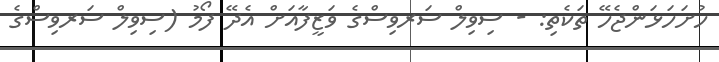
ހުށަހަޅަންޖެހޭ ތަކެތި: - ސިވިލް ސަރވިސްގެ ވަޒީފާއަށް އެދޭ ފޯމު (ސިވިލް ސަރވިސްގެ